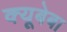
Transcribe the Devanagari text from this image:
क्यूबेबा